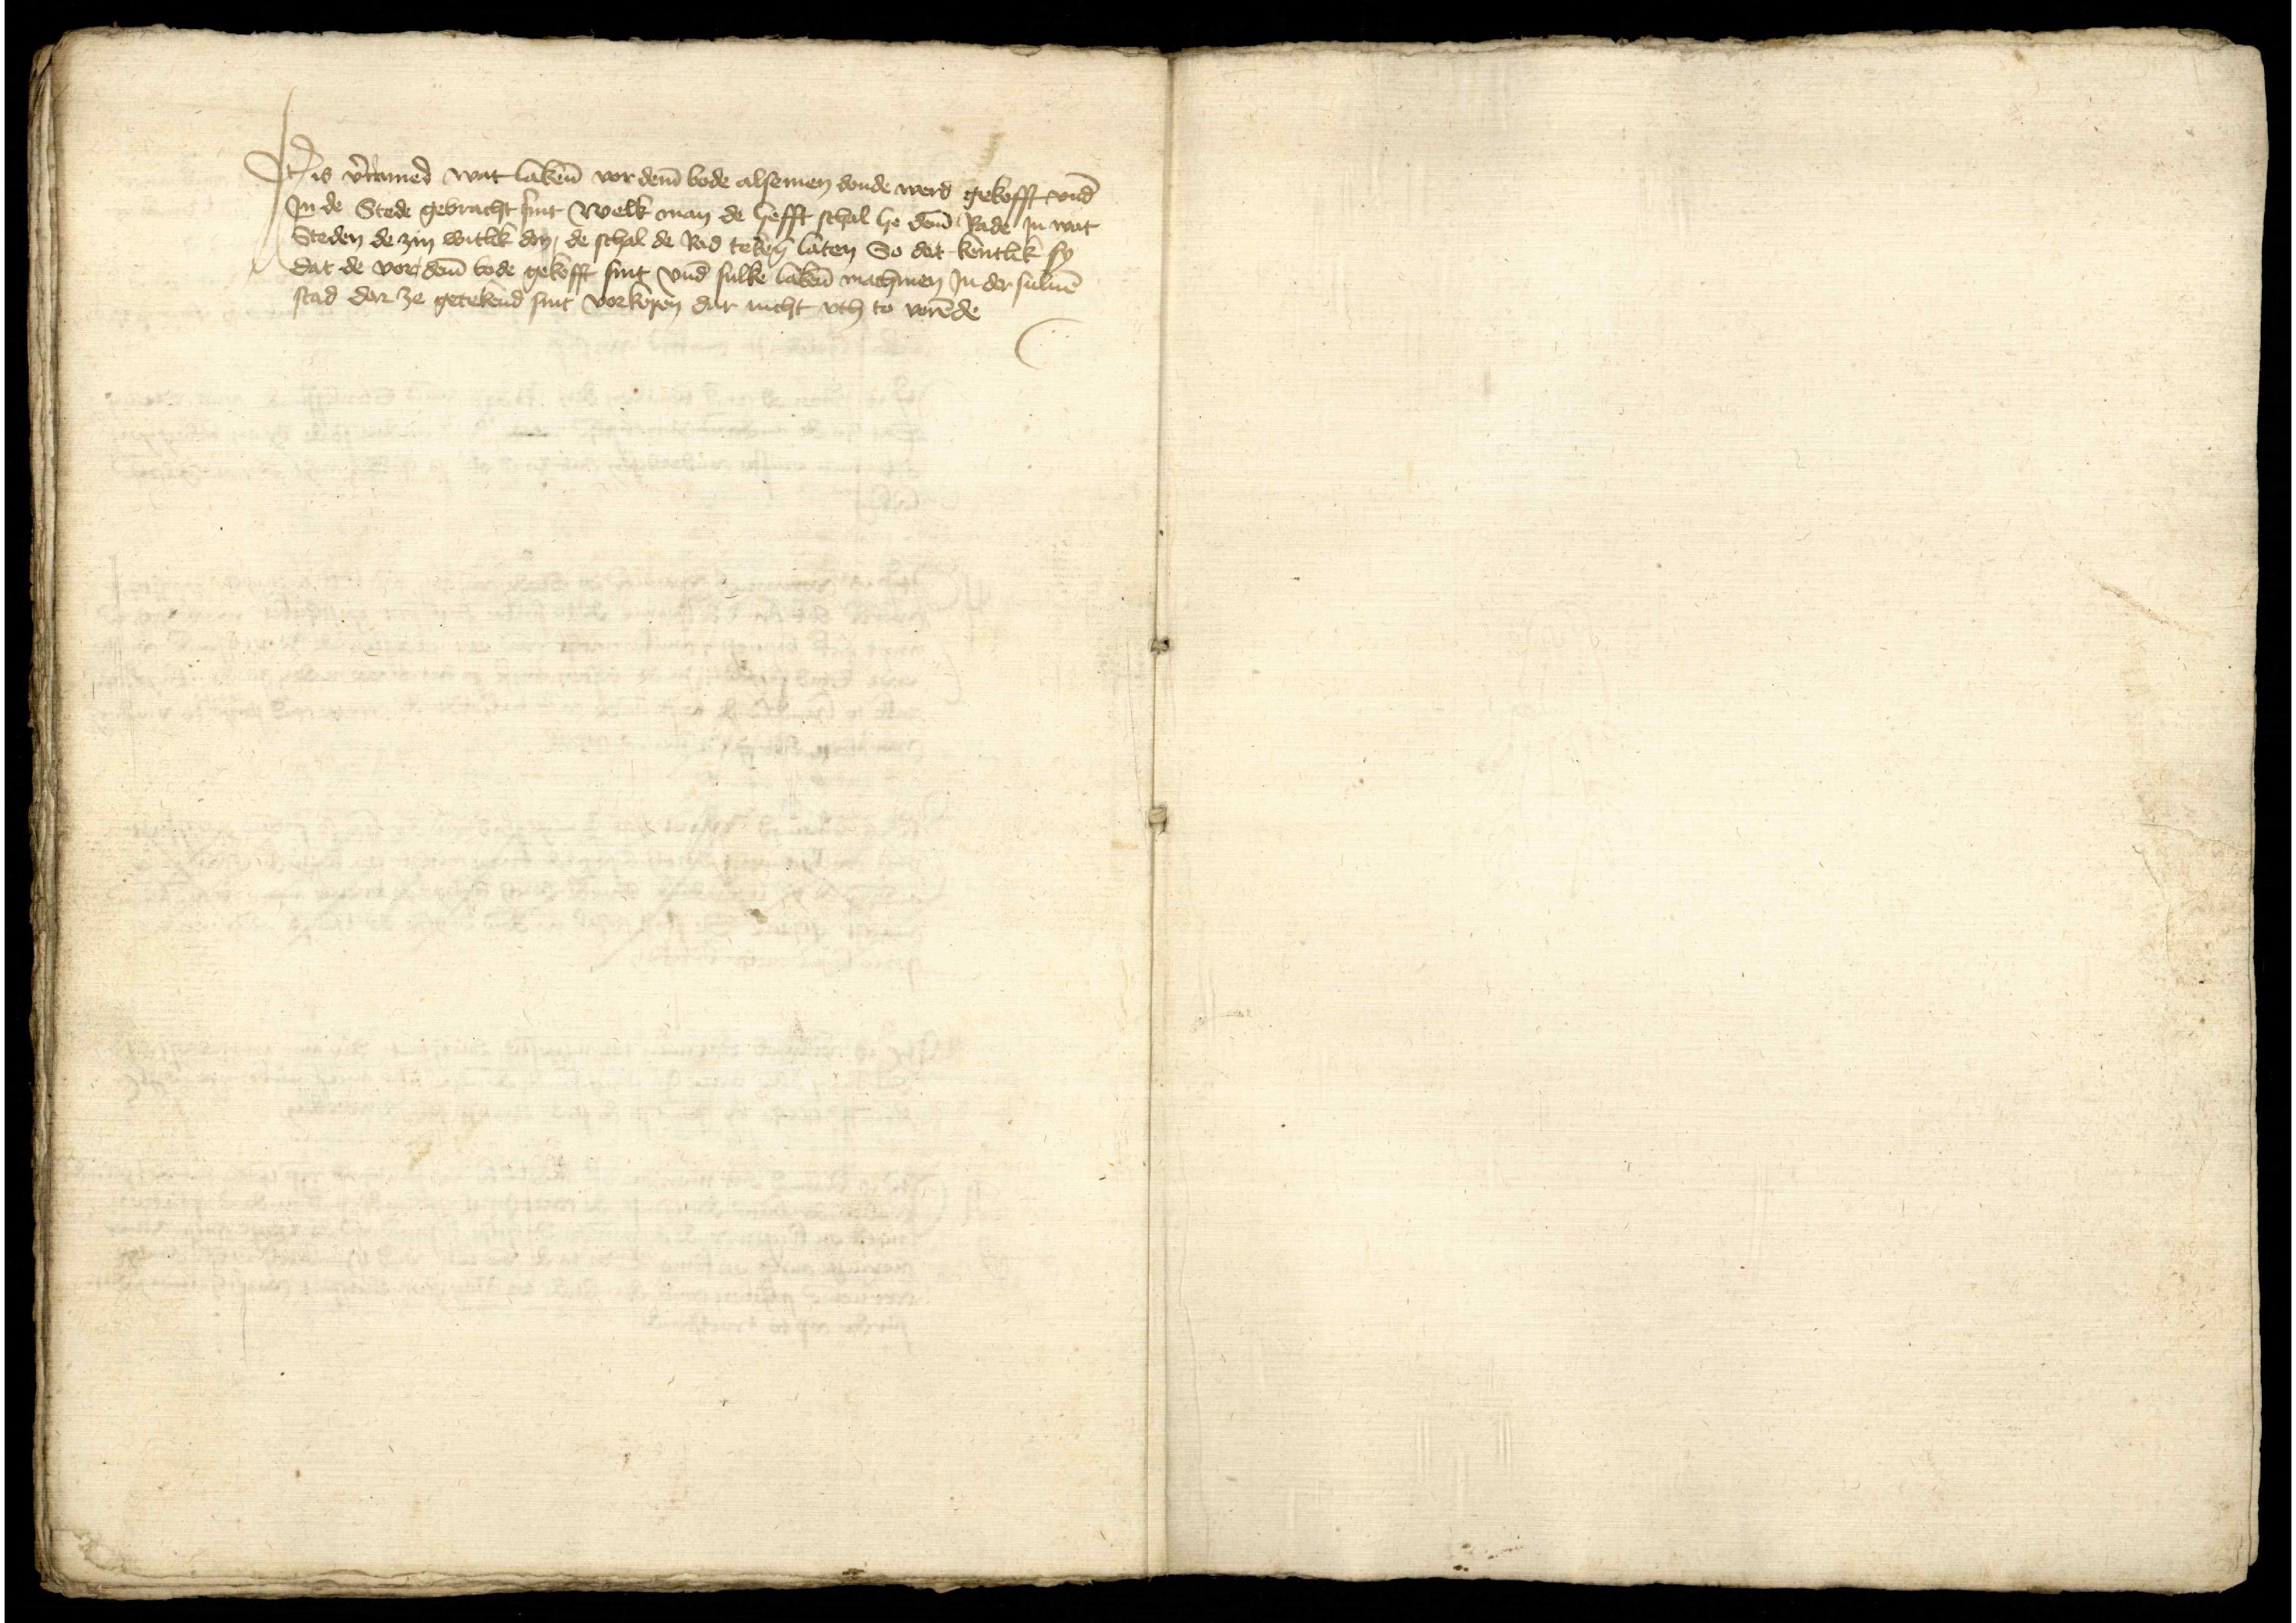
Jtem is vorramed wat lakene vor deme bode alsemen donde werd gekofft vnd
Jn de Stede gebracht sint welk man de hefft schal he deme Rade Jn wat
Steden de zin witlik don, de schal de Rad tekenen laten So dat kentlik sy
Dat de vor deme bode gekofft sint vnd sulke lakene machtmen Jn der suluen
stad dar ze getekend sint vorkopen dar nicht vth to vorende